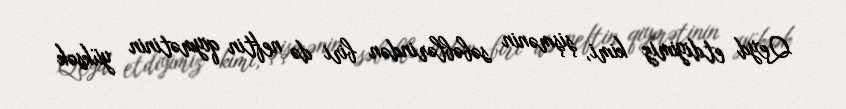
Qeyd etdiyimiz kimi, şişmənin səbəblərindən biri də neftin qiymətinin yüksək